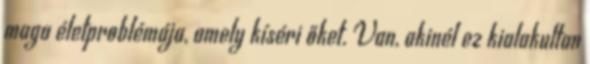
maga életproblémája, amely kíséri őket. Van, akinél ez kialakultan